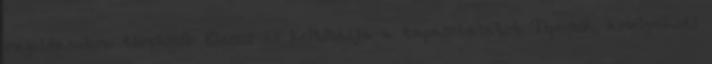
megoldásukra törekszik Elemzi és kritizálja a tapasztalatot Típusok, amelyeknél